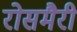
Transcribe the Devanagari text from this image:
रोसमैरी